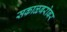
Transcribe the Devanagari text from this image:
सकाळबरोबर